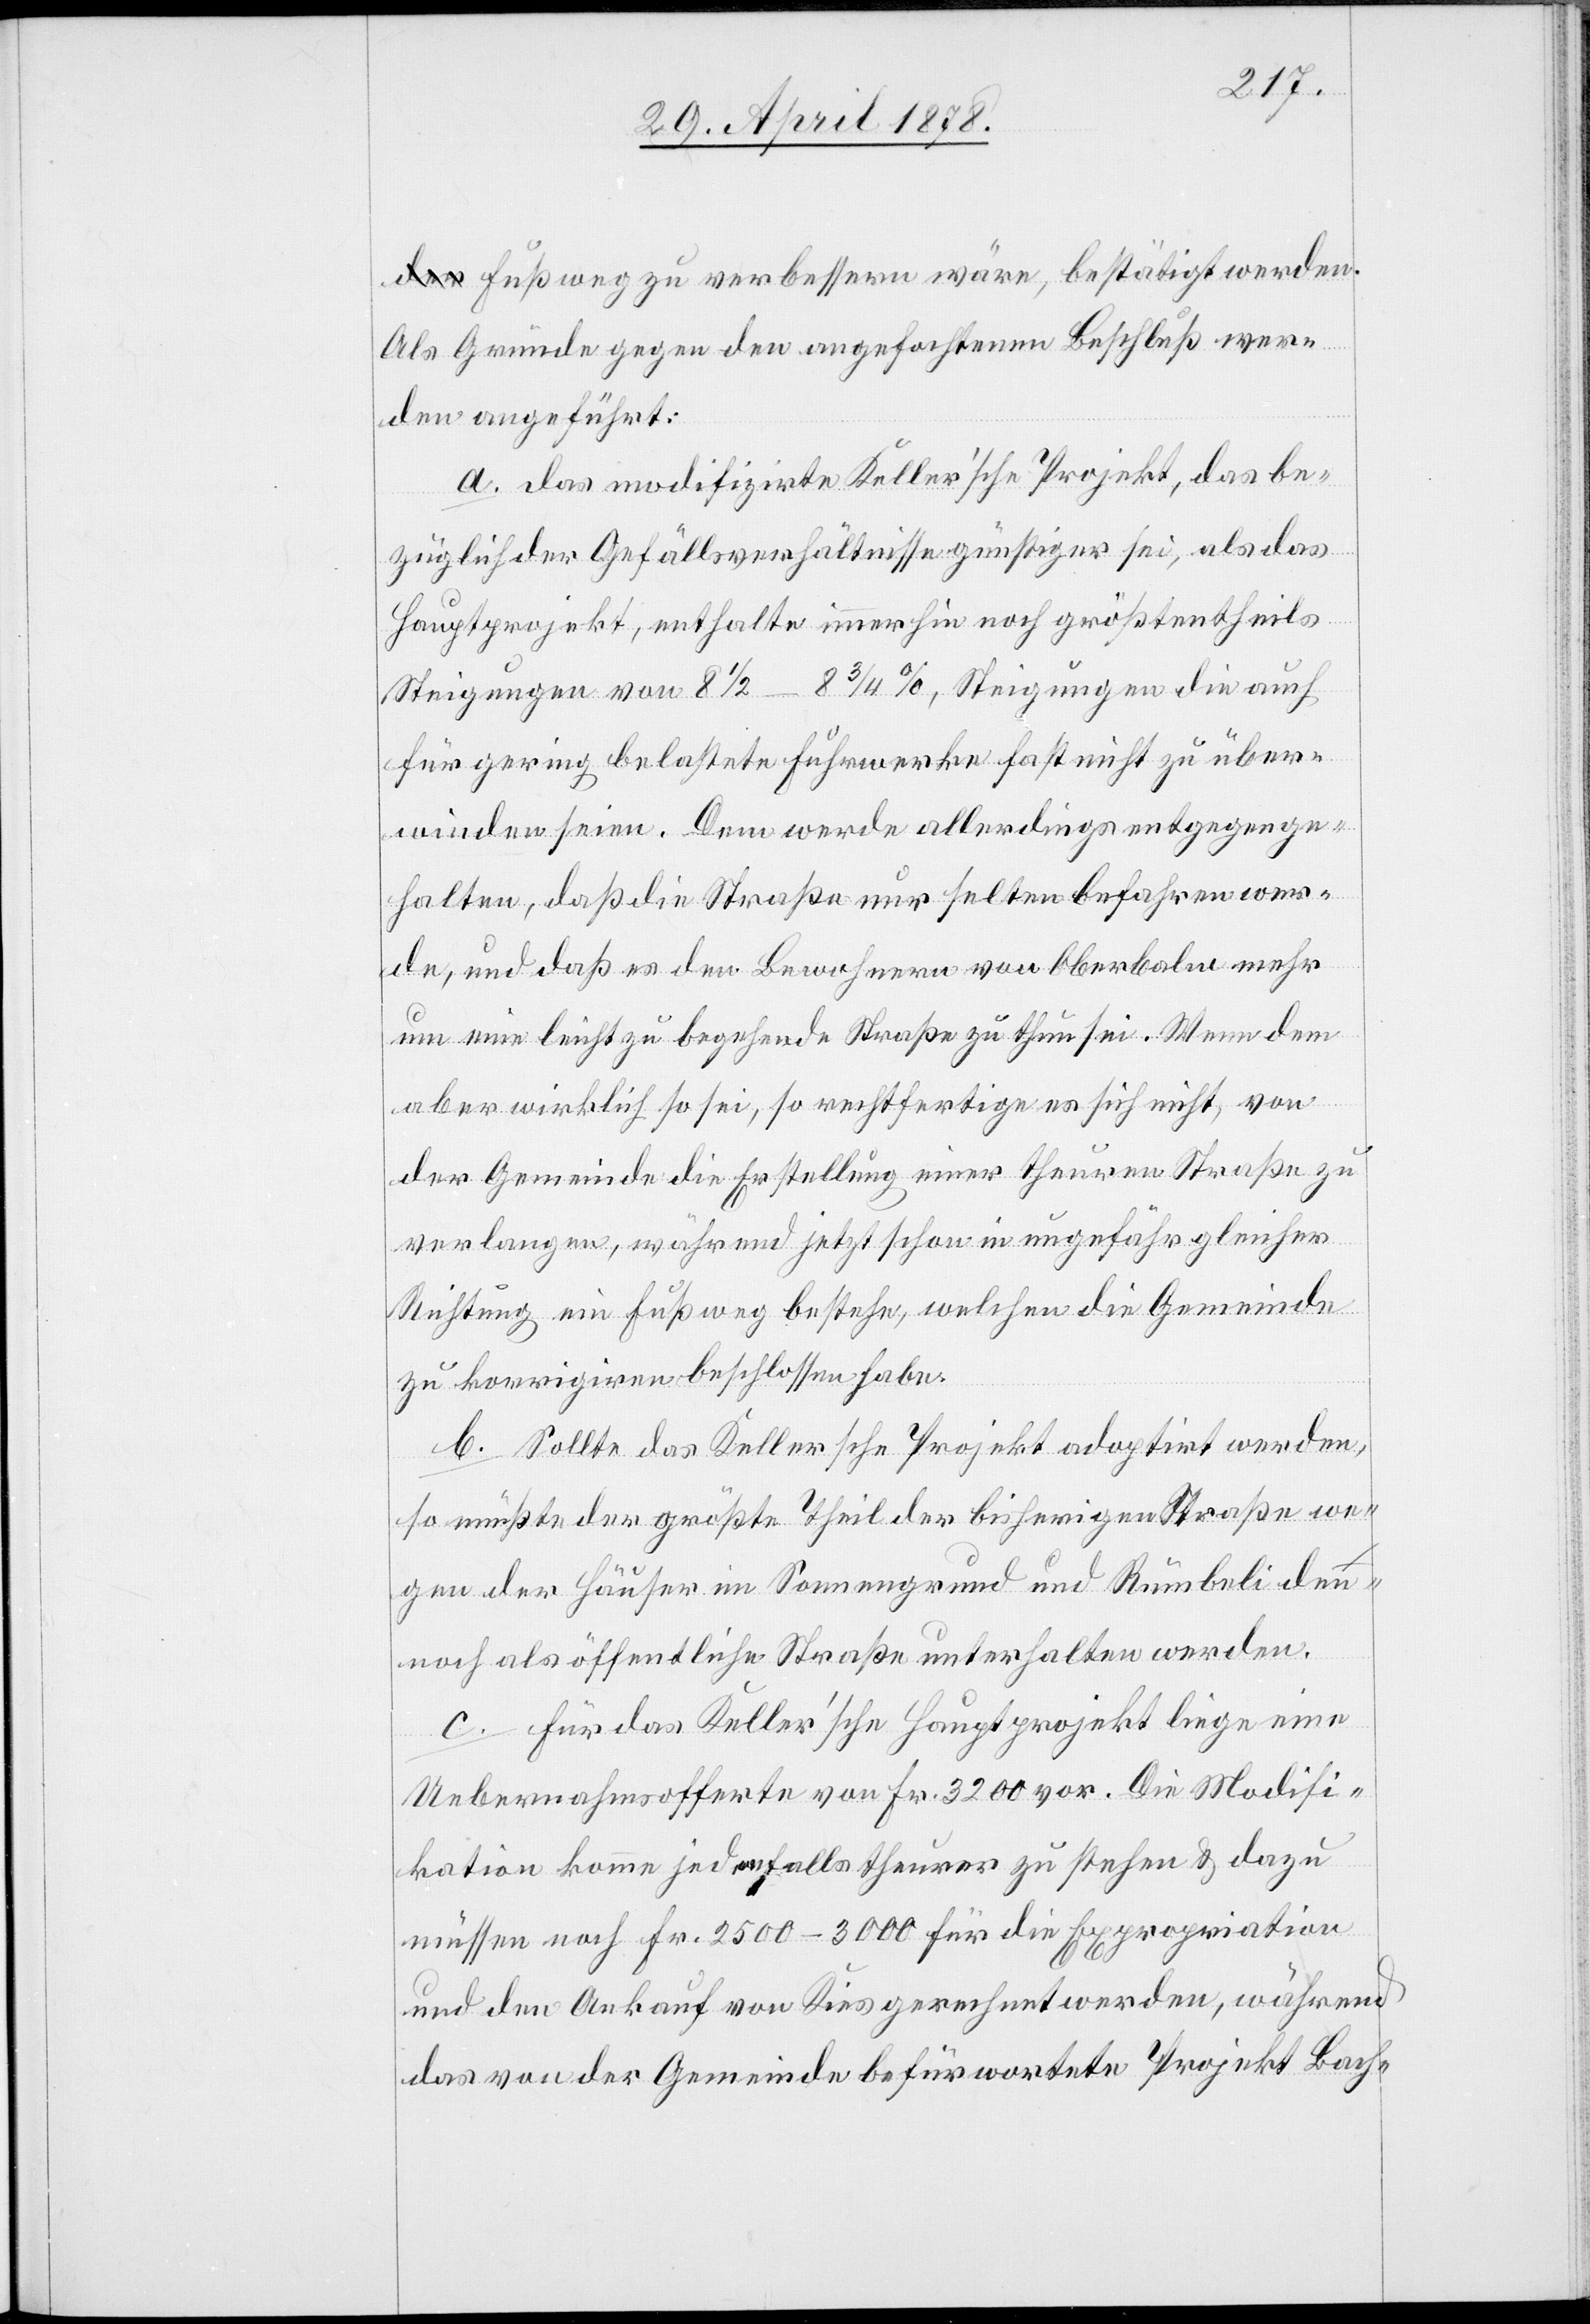
Fußweg zu verbessern wäre, bestätigt werden.
Als Gründe gegen den angefochtenen Beschluß wer¬
den angeführt:
a. das modifizirte Keller’sche Projekt, das be¬
züglich der Gefällsverhältnisse günstiger sei, als das
Hauptprojekt, enthalte immerhin noch größtentheils
Steigungen von 8 1/2 – 8 3/4 %, Steigungen die auch
für gering belastete Fuhrwerke fast nicht zu über¬
winden seien. Dem werde allerdings entgegenge¬
halten, daß die Straße nur selten befahren wer¬
de, und daß es den Bewohnern von Oberbalm mehr
um eine leicht zu begehende Straße zu thun sei. Wenn dem
aber wirklich so sei, so rechtfertige es sich nicht, von
der Gemeinde die Erstellung einer theuren Straße zu
verlangen, während jetzt schon in ungefähr gleicher
Richtung ein Fußweg bestehe, welchen die Gemeinde
zu korrigiren beschlossen habe.
b. Sollte das Kellersche Projekt adoptirt werden,
so müßte der größte Theil der bisherigen Straße we¬
gen der Häuser im Sonnengrund und Rümbeli den¬
noch als öffentliche Straße unterhalten werde.
c. Für das Keller’sche Hauptprojekt liege eine
Uebernahmsofferte von Fr. 3200 vor. Die Modifi¬
kation komme jedenfalls theurer zu stehen & dazu
müssen noch Fr. 2500–3000 für die Expropriation
und den Ankauf von Kies gerechnet werden, während
das von der Gemeinde befürwortete Projekt Bach-